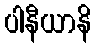
ပါနီယာနိ